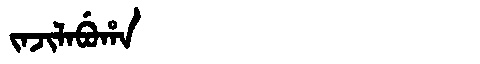
Manchu: ᠵᠠᠵᡳᠯᠠᠪᡠᡥᠠ
Romanization: JAJILABUHA